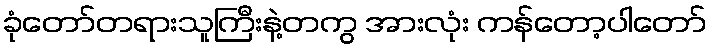
ခုံတော်တရားသူကြီးနဲ့တကွ အားလုံး ကန်တော့ပါတော်